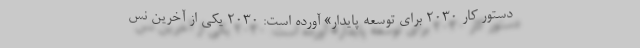
دستور کار ۲۰۳۰ برای توسعه پایدار» آورده است: ۲۰۳۰ یکی از آخرین نس